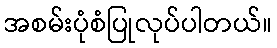
အစမ်းပုံစံပြုလုပ်ပါတယ်။